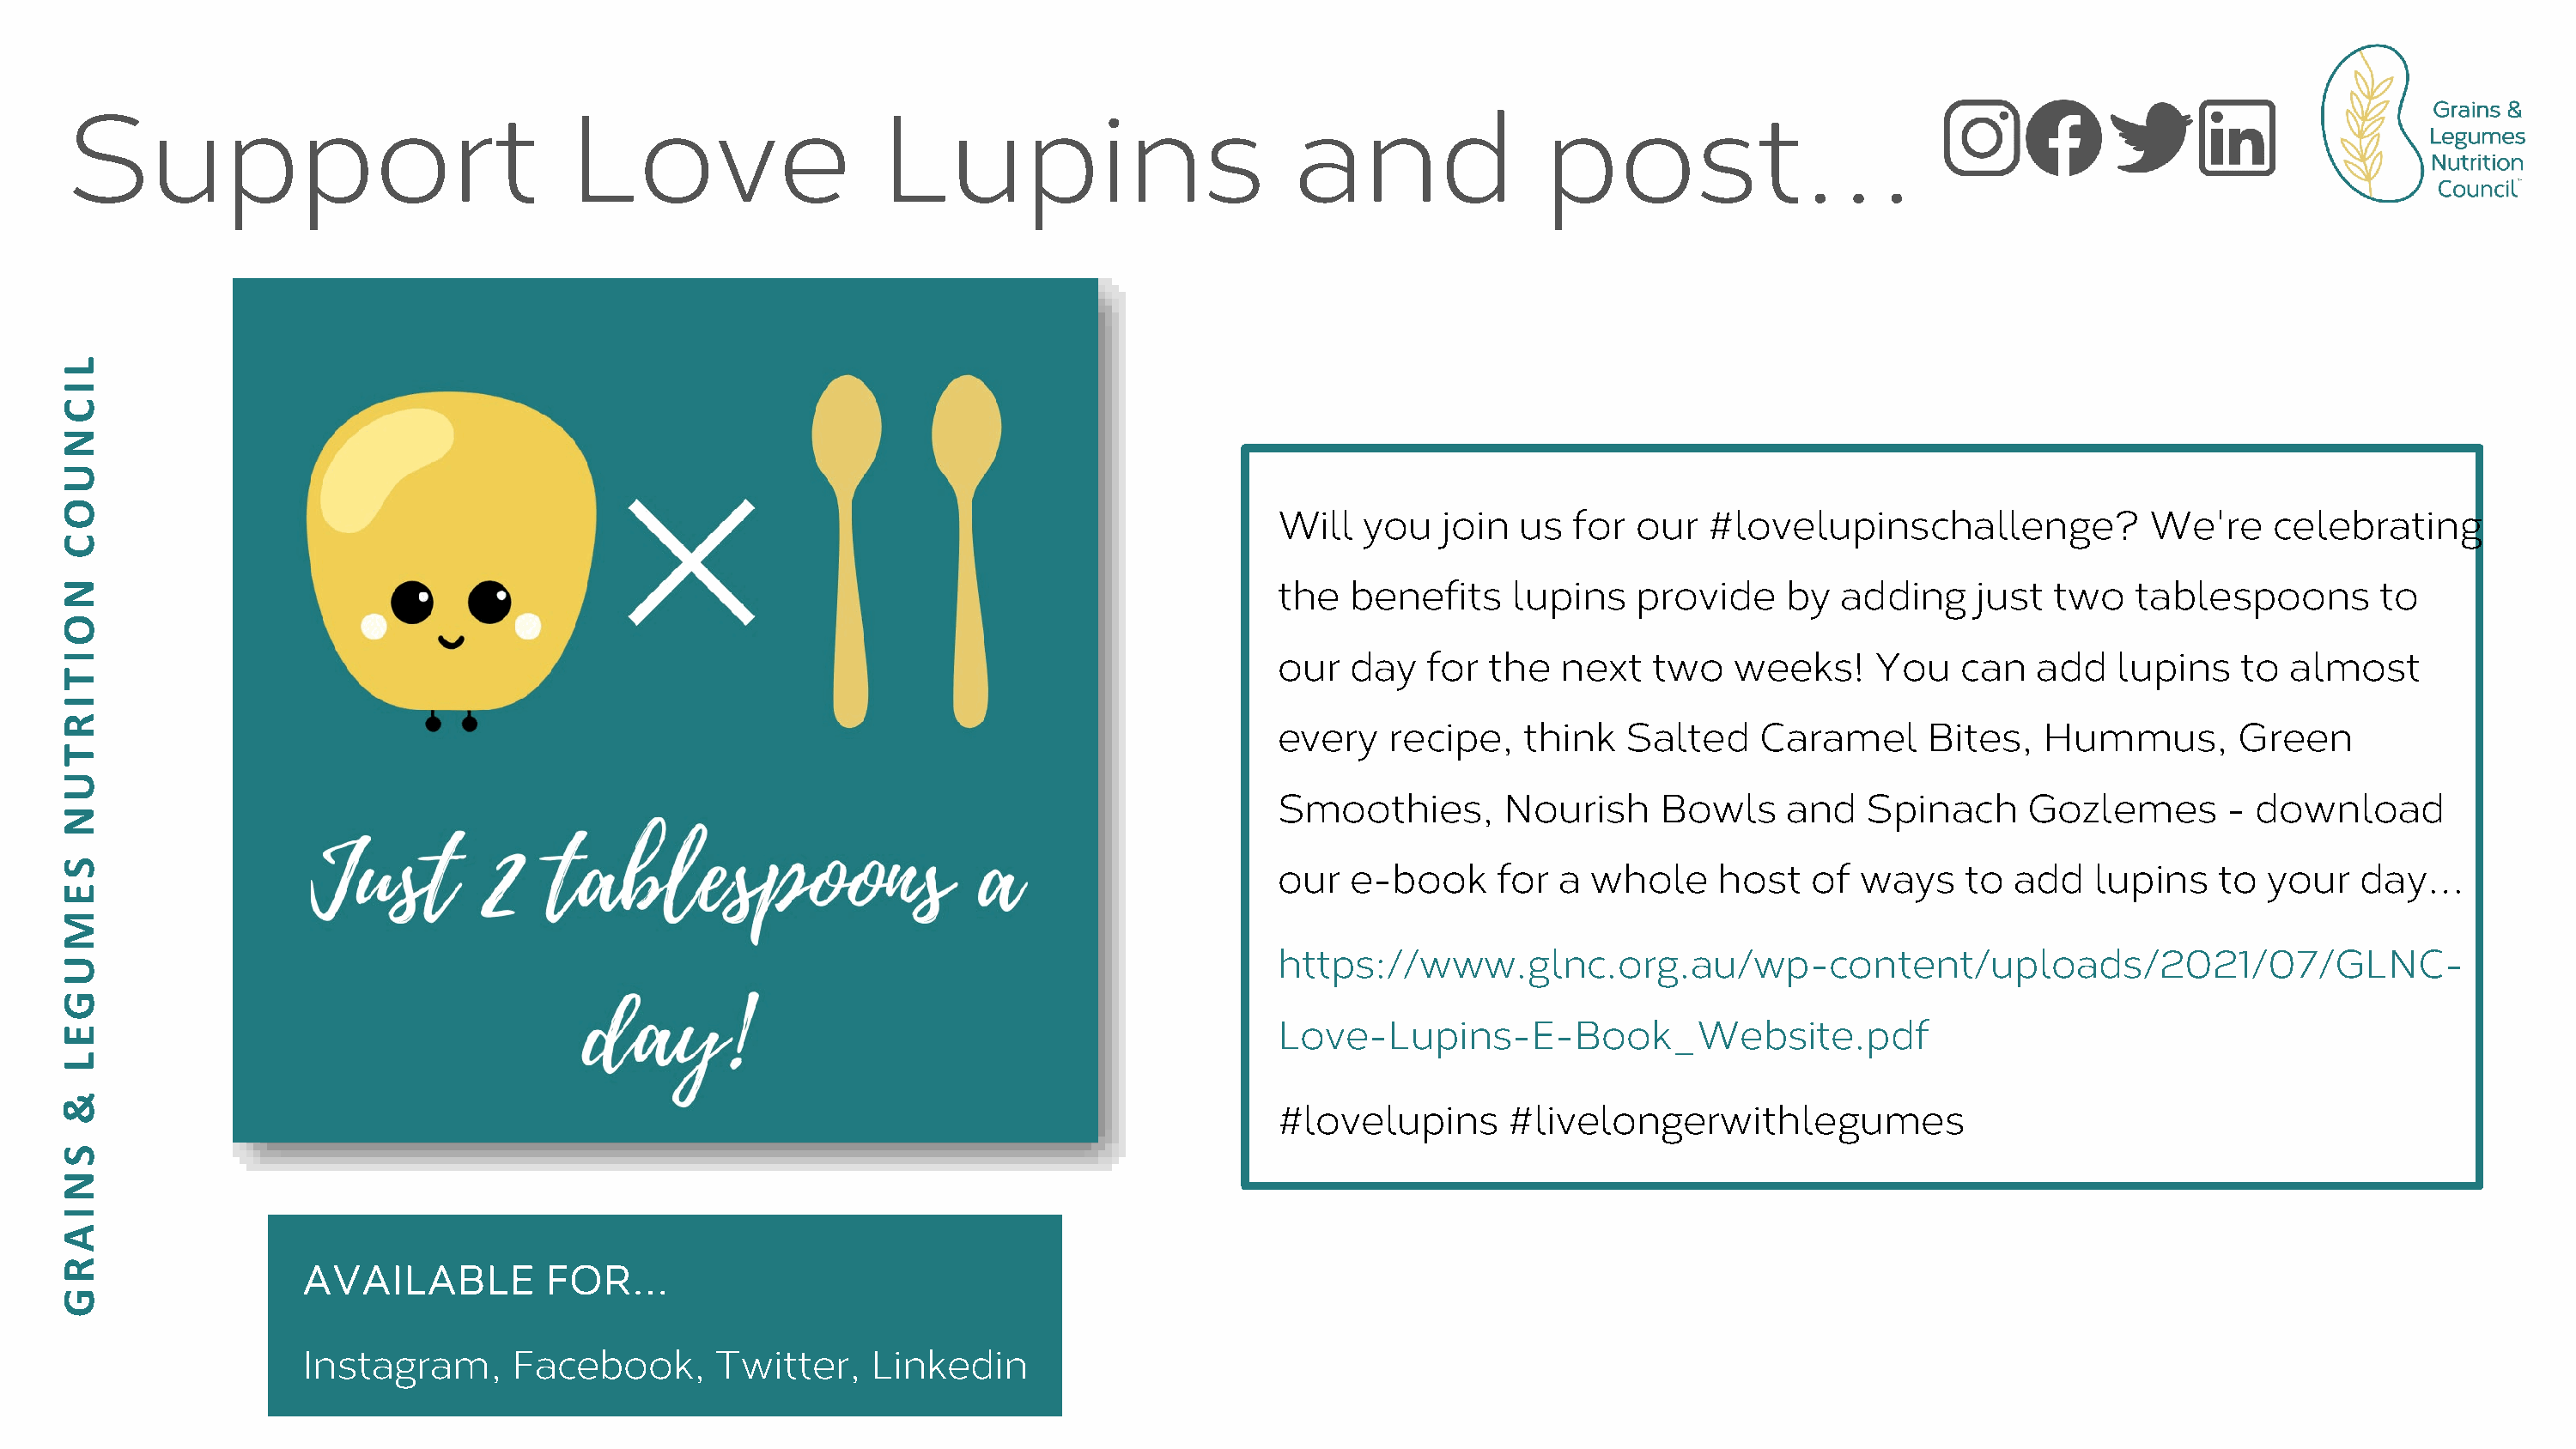
Support                                Love                    Lupins                          and                post…
 Will   you   join  us  for  our   #lovelupinschallenge?             We're    celebrating
 the   benefits     lupins   provide     by  adding    just  two    tablespoons        to
 our   day   for  the  next   two    weeks!     You   can   add   lupins    to  almost
 every    recipe,   think   Salted     Caramel      Bites,   Hummus,        Green
 Smoothies,        Nourish     Bowls     and   Spinach     Gozlemes        - download
 our   e-book     for  a  whole    host    of ways    to  add   lupins    to  your   day…
 https://www.glnc.org.au/wp-content/uploads/2021/07/GLNC-
 Love-Lupins-E-Book_Website.pdf
 #lovelupins       #livelongerwithlegumes
 AVAILABLE          FOR…
 Instagram,      Facebook,       Twitter,    Linkedin
 LICNUOC
 NOITIRTUN
 SEMUGEL
 &
 SNIARG